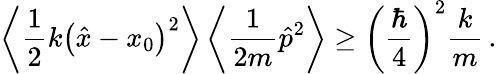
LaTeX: \left\langle{\frac{1}{2}}k\left({\hat{x}}-x_{0}\right)^{2}\right\rangle\left\langle{\frac{1}{2m}}{\hat{p}}^{2}\right\rangle\geq\left({\frac{\hbar}{4}}\right)^{2}{\frac{k}{m}}\, .